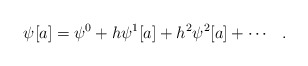
\begin{align*}\psi[a]=\psi^0 +h\psi^1[a]+h^2\psi^2[a]+ \cdots \hspace{3mm}.\end{align*}